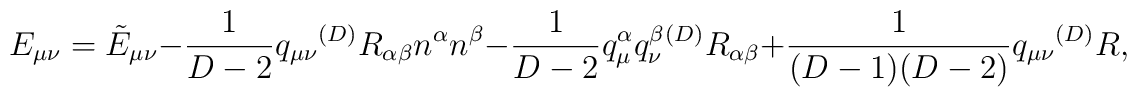
E_{\mu\nu}  =  {\tilde E}_{\mu\nu}-\frac{1}{D-2}q_{\mu\nu}{}^{(D)}R_{\alpha\beta}n^\alpha n^\beta-\frac{1}{D-2}q_\mu^\alpha q_\nu^\beta {}^{(D)}R_{\alpha\beta}+\frac{1}{(D-1)(D-2)}q_{\mu\nu}{}^{(D)}R,